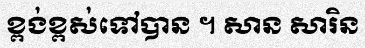
ខ្ពង់ខ្ពស់ទៅបាន ។ សាន សារិន